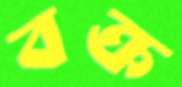
বক্র